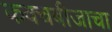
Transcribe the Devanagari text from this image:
कवचबीजाचा